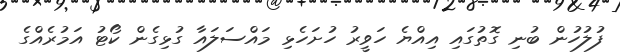
ފުލުހުން ބުނި ގޮތުގައި އިއްޔެ ހަވީރު ހުށަހެޅި މައްސަލައާ ގުޅިގެން ކޯޓު އަމުރެއްގެ